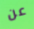
عن